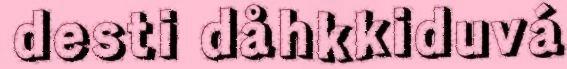
desti dåhkkiduvá